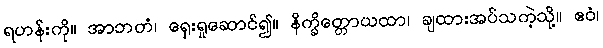
ရဟန်းကို။ အာဘတံ၊ ရှေးရှုဆောင်၍။ နိက္ခိတ္တောယထာ၊ ချထားအပ်သကဲ့သို့။ ဧဝံ၊